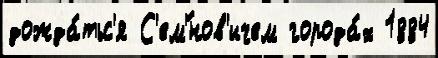
дожда́тьс'я С'ем'́нов'ичем города́х 1884